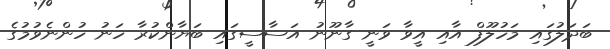
ބަދަލުގައި މަހުލޫފް އާއި އީވާ ވަނީ ގާނޫނު އަސާސީގައި ބަޔާންކުރާ ހަނު ހުންނެވުމުގެ